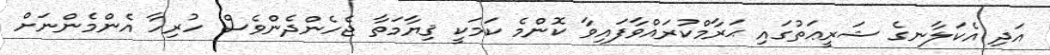
އަދި އެކަލާނގެ ޝަރީޢަތުގައި ޙަރާމްކުރައްވާފައިވާ ކޮންމެ ކަމަކީ ޤިޔާމަތާ ޖެހެންދެންވެސް ހުރިހާ އެންމެންނަށް